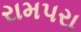
રામપરા